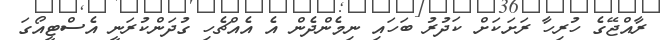
ރާއްޖޭގެ ހުރިހާ ރަށަކަށް ކަދުރު ބަހައި ނިމެންދެން އެ އެއްޗެހި ގުދަންކުރަނީ އެސްޓީއޯގަ